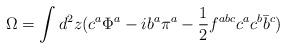
LaTeX: \begin{align*}\Omega = \int d^2 z(c^a\Phi^a-ib^a \pi^a -\frac{1}{2} f^{abc}c^a c^b \bar b^c)\end{align*}